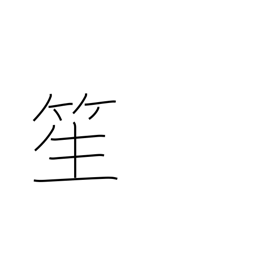
Meaning: a reed instrument